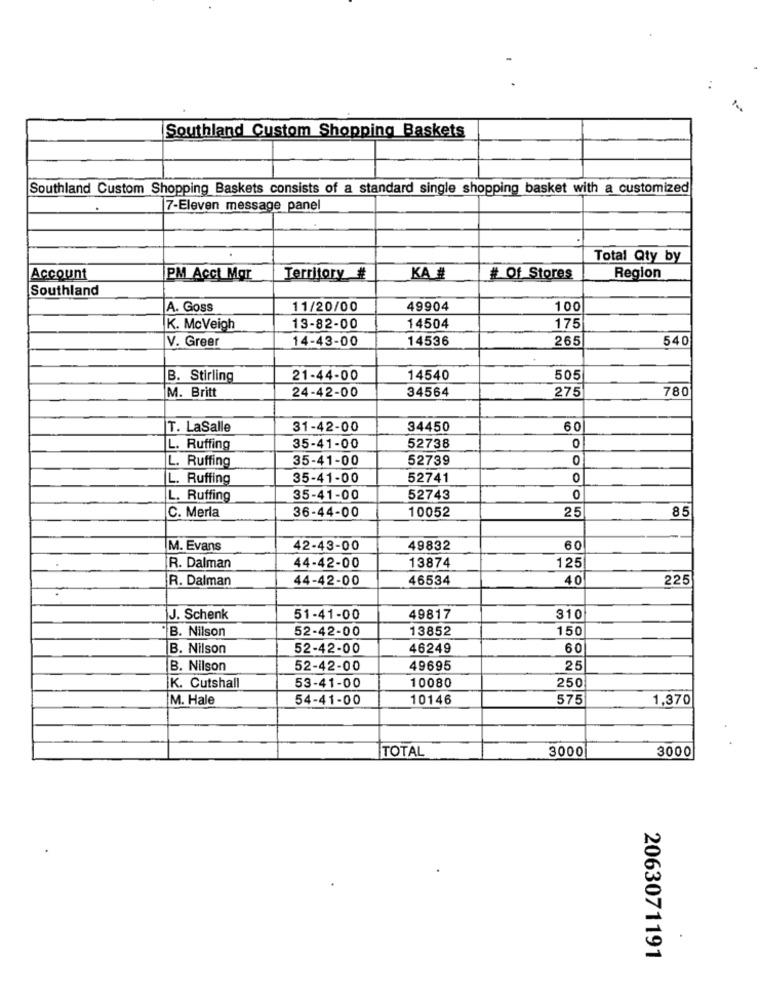
...
Southland Custom Shopping Baskets
Southland Custom Shopping Baskets consists of a standard single shopping basket with a customized
7-Eleven message panel
Total Qty by
Account
PM Acct Mar
Territory #
KA #
# Of Stores
Region
Southland
A. Goss
11/20/00
49904
100
K. Mcveigh
13-82-00
14504
175
V. Greer
14-43-00
14536
265
540
B. Stirling
21-44-00
14540
505
M. Britt
24-42-00
34564
275
780
T. LaSalle
31-42-00
34450
60
0
L. Ruffing
35-41-00
52738
L. Ruffing
35-41-00
52739
0
L. Ruffing
35-41-00
52741
L. Ruffing
35-41-00
52743
0
C. Merla
36-44-00
25
85
10052
M. Evans
42-43-00
49832
60
R. Dalman
44-42-00
13874
125
R. Dalman
44-42-00
46534
40
225
J. Schenk
51-41-00
49817
310
B. Nilson
52-42-00
13852
150
B. Nilson
52-42-00
46249
60
B. Nilson
52-42-00
49695
25
K. Cutshall
53-41-00
10080
250
M. Hale
54-41-00
10146
575
1,370
TOTAL
3000
3000
.
2063071191